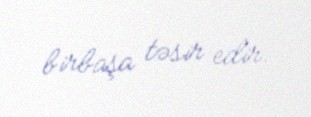
birbaşa təsir edir.